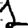
Digit: 1